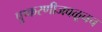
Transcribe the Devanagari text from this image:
पुष्करणीजवळूनच